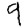
Digit: 9